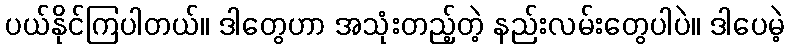
ပယ်နိုင်ကြပါတယ်။ ဒါတွေဟာ အသုံးတည့်တဲ့ နည်းလမ်းတွေပါပဲ။ ဒါပေမဲ့